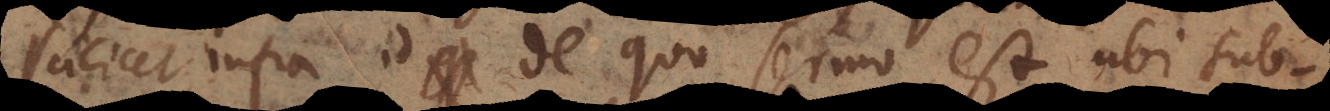
scilicet infra id de quo sermo est, ubi sub